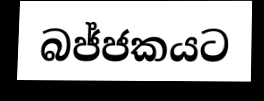
බජ්ජකයට